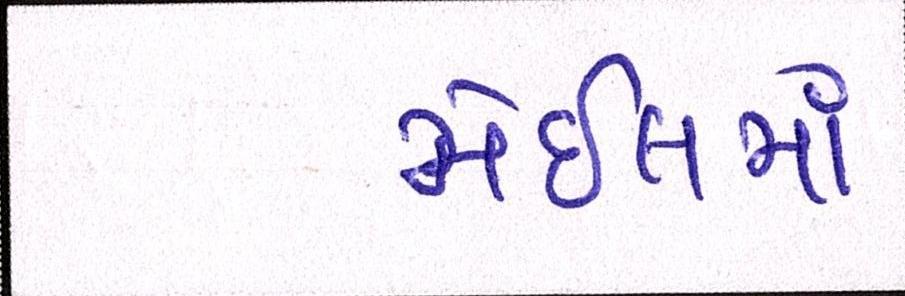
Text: મેઇલમાં